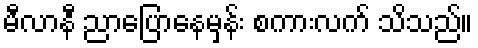
မီလာနီ ညာပြောနေမှန်း စကားလက် သိသည်။